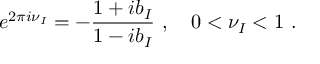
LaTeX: e ^ { 2 \pi i \nu _ { I } } = - \frac { 1 + i b _ { I } } { 1 - i b _ { I } } ~ , \quad 0 < \nu _ { I } < 1 ~ .